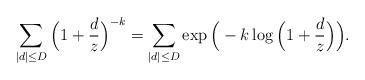
LaTeX: \begin{align*}\sum_{|d| \leq D} \Big(1 + \frac{d}{z}\Big)^{-k} = \sum_{|d| \leq D} \exp\Big(-k \log\Big(1 + \frac{d}{z}\Big)\Big).\end{align*}